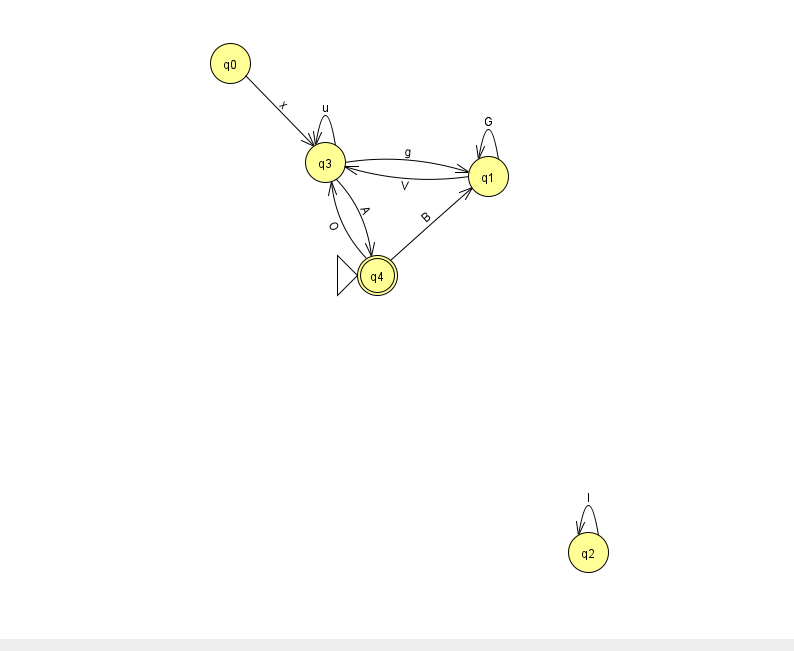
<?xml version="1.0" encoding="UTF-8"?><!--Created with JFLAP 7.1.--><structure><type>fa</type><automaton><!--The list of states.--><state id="0" name="q0"><x>230.0</x><y>50.0</y></state><state id="1" name="q1"><x>488.0</x><y>163.0</y></state><state id="2" name="q2"><x>588.0</x><y>539.0</y></state><state id="3" name="q3"><x>325.0</x><y>149.0</y></state><state id="4" name="q4"><x>377.0</x><y>262.0</y><initial/><final/></state><!--The list of transitions.--><transition><from>3</from><to>1</to><read>g</read></transition><transition><from>1</from><to>3</to><read>V</read></transition><transition><from>0</from><to>3</to><read>x</read></transition><transition><from>3</from><to>3</to><read>u</read></transition><transition><from>4</from><to>3</to><read>O</read></transition><transition><from>1</from><to>1</to><read>G</read></transition><transition><from>3</from><to>4</to><read>A</read></transition><transition><from>2</from><to>2</to><read>l</read></transition><transition><from>4</from><to>1</to><read>B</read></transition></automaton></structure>